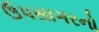
ઉપસાગરનો